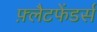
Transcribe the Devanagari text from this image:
फ़्लैटफेंडर्स